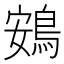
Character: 鴳